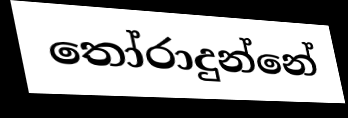
තෝරාදුන්නේ